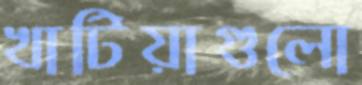
খাটিয়াগুলো